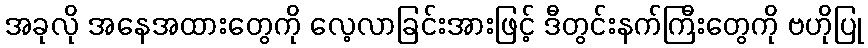
အခုလို အနေအထားတွေကို လေ့လာခြင်းအားဖြင့် ဒီတွင်းနက်ကြီးတွေကို ဗဟိုပြု